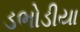
ડભોડીયા